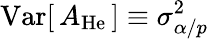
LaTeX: \mathrm{Var}[\, A_{\mathrm{He}}\, ]\equiv\sigma_{\alpha/p}^{2}